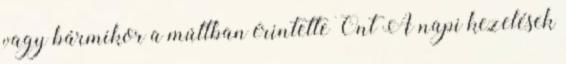
vagy bármikor a múltban érintette Önt A napi kezelések